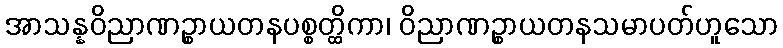
အာသန္နဝိညာဏဉ္စာယတနပစ္စတ္ထိကာ၊ ဝိညာဏဉ္စာယတနသမာပတ်ဟူသော